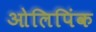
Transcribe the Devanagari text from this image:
ओलिपिंक